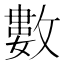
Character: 數